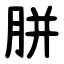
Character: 胼